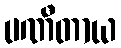
ပဏီတာယ